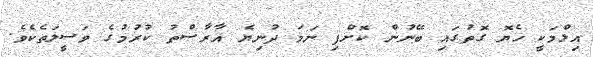
އިލްމަކީ ހެޔޮ ގޮތުގައި ބޭނުން ކޮށްފި ނަމަ ދުނިޔެ އާރާސްތު ކުރުމުގެ ވަސީލަތެކެވެ.